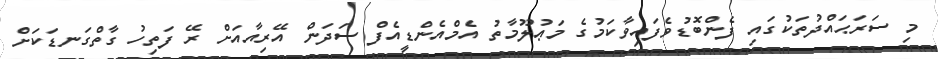
މި ސަރަޙައްދުތަކުގައި ފެންބޮޑުވެފައިވާކަމުގެ މަޢުލޫމާތު އެމްއެންޑީއެފް ސަދަން އޭރިއާއަށް ރޭ ފަތިހު ގާތްގަނޑަކަށް